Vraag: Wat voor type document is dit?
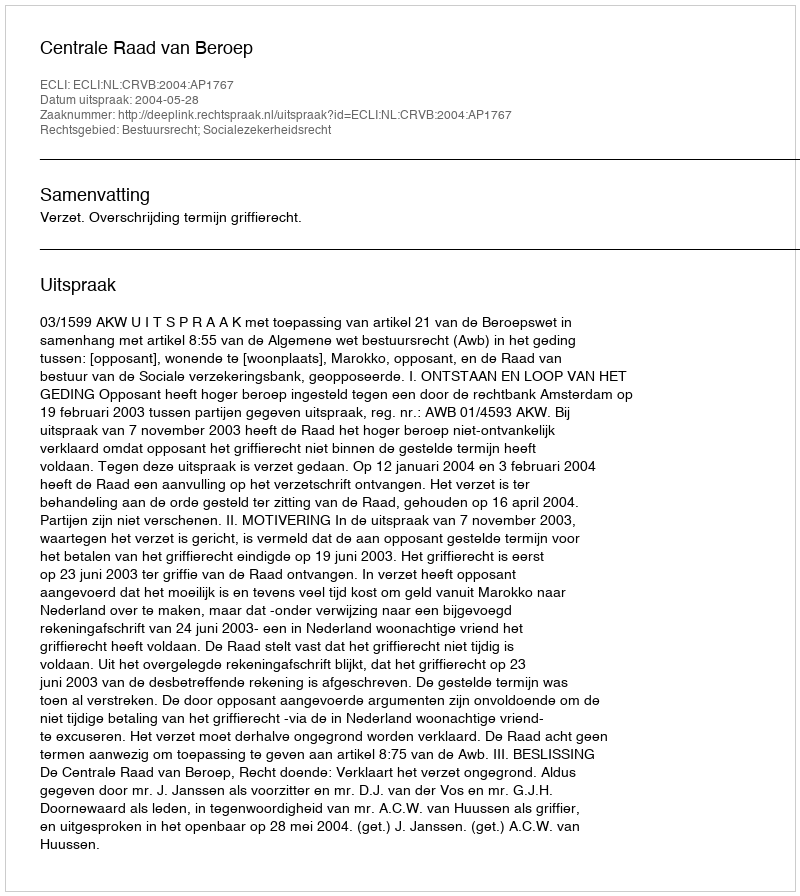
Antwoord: Uitspraak